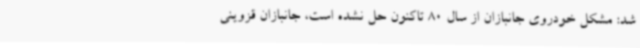
شد: مشکل خودروی جانبازان از سال 80 تاکنون حل نشده است، جانبازان قزوینی